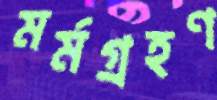
মর্মগ্রহণ